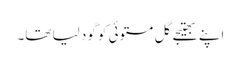
اپنے بھتیجے گل مستوئی کو گود لیا تھا۔